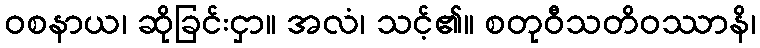
ဝစနာယ၊ ဆိုခြင်းငှာ။ အလံ၊ သင့်၏။ စတုဝီသတိဝဿာနိ၊